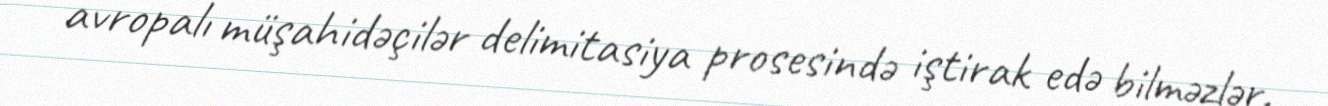
avropalı müşahidəçilər delimitasiya prosesində iştirak edə bilməzlər.